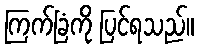
ကြက်ခြံကို ပြင်ရသည်။